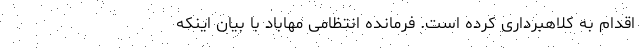
اقدام به کلاهبرداری کرده است. فرمانده انتظامی مهاباد با بیان اینکه